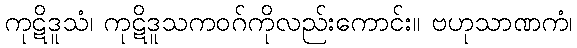
ကုဋိဒူသံ၊ ကုဋိဒူသကဝဂ်ကိုလည်းကောင်း။ ဗဟုသာဏကံ၊